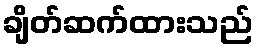
ချိတ်ဆက်ထားသည်